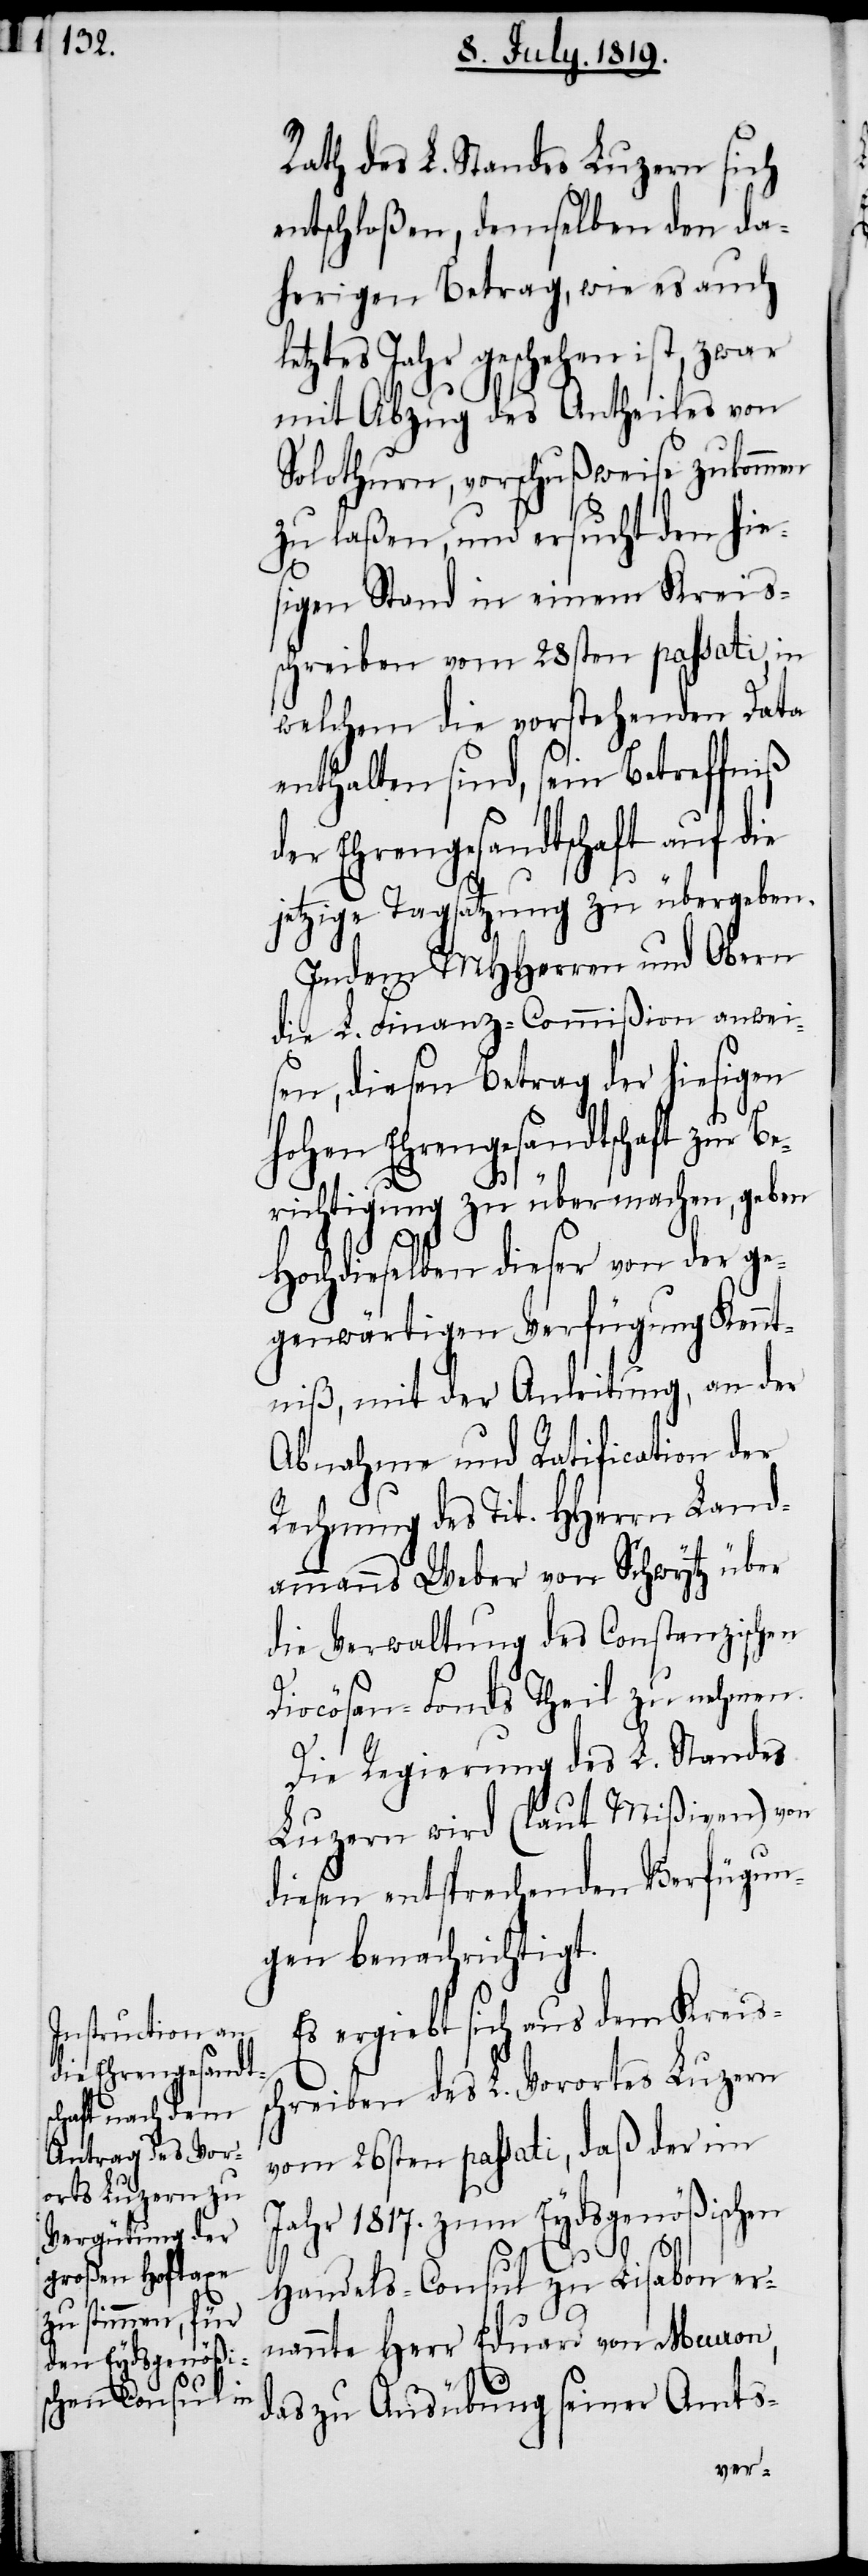
Rath des L. Standes Luzern sich
entschloßen, demselben den da¬
herigen Betrag, wie es auch
letztes Jahr geschehen ist, zwar
mit Abzug des Antheiles von
Solothurn, vorschußweise zukommen
zu laßen, und ersucht den hie¬
sigen Stand in einem Kreis¬
schreiben vom 28sten passati, in
welchem die vorstehenden Data
enthalten sind, sein Betreffniß
der Ehrengesandtschaft auf die
jetzige Tagsatzung zu übergeben.
Indem MHHerren und Obern
die L. Finanz-Commißion anwei¬
sen, diesen Betrag der hiesigen
s¬
hohen Ehrengesandtschaft zur Be¬
richtigung zu übermachen, geben
Hochdieselben dieser von der ge¬
genwärtigen Verfügung Kennt¬
niß, mit der Anleitung, an der
Abnahme und Ratification der
Rechnung des Tit. HHerrn Land¬
ammanns Weber von Schwytz über
die Verwaltung des Constanzischen
Diocösan-Fonds Theil zu nehmen.
Die Regierung des L. Standes
Luzern wird (laut Mißiven) von
diesen entsprechenden Verfügun¬
gen benachrichtigt.
Es ergiebt sich aus dem Kreis¬
chreiben des L. Vorortes Luzern
vom 26sten passati, daß der im
Jahr 1817. zum Eydsgenößischen
Handels-Consul zu Lisabon er¬
nannte Herr Eduard von Meuron,
das zu Ausübung seiner Amts-